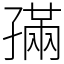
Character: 𡦖